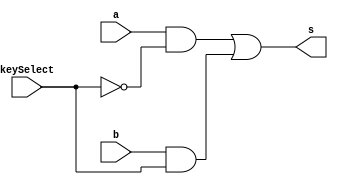
/**
 * @file MultiMux.v
 * @author 784778 - Wallace Freitas Oliveira (https://github.com/Olivwallace)
 * @brief Guia 07 Exercicio 00 - Arquitetura de Computadores I (PUC-Minas 1/2023)
 * @date 19-03-2023
 */

module mux_2x1 (output s, input a, b, keySelect);
    //Definicaoo de dados locais
    wire notKey; 
    wire sa;
    wire sb;

    //Negacaoo de chave de seletora
    not NOT_S(notKey, keySelect);
    
    //Operacoes
    and AND_A(sa, a, notKey);
    and AND_B(sb, b, keySelect);

    //Retorno de Dado Selecionado
    or OR_AB(s, sa, sb); 
endmodule


module mux_4x1 (output s, input a, b, c, d, keySelect_A, keySelect_B);
    //Definicaoo de dados locais
    wire notKey_A, notKey_B; 
    wire sa, sb, sc, sd;

    //Negacaoo de chave de seletora
    not NOT_KA(notKey_A, keySelect_A);
    not NOT_KB(notKey_B, keySelect_B);

    //Operacoes
    and AND_A(sa, a, notKey_A, notKey_B);   
    and AND_B(sb, b, notKey_A, keySelect_B);
    and AND_C(sc, c, keySelect_A, notKey_B);   
    and AND_D(sd, d, keySelect_A, keySelect_B);       

    //Retorno de Dado Selecionado
    or OR_ABCD(s, sa, sb, sc, sd); 
endmodule

module mux_8x1 (output s, input a, b, c, d, e, f, g, h, keySelect_A, keySelect_B, keySelect_C);
    //Definicaoo de dados locais
    wire notKey_A, notKey_B, notKey_C; 
    wire sa, sb, sc, sd, se, sf, sg, sh;

    //Negacaoo de chave de seletora
    not NOT_KA(notKey_A, keySelect_A);
    not NOT_KB(notKey_B, keySelect_B);
    not NOT_KC(notKey_C, keySelect_C);

    //Operacoes
    and AND_A(sa, a, notKey_A, notKey_B, notKey_C);   
    and AND_B(sb, b, notKey_A, notKey_B, keySelect_C);
    and AND_C(sc, c, notKey_A, keySelect_B, notKey_C);
    and AND_D(sd, d, notKey_A, keySelect_B, keySelect_C);   
    and AND_E(se, e, keySelect_A, notKey_B, notKey_C);
    and AND_F(sf, f, keySelect_A, notKey_B, keySelect_C);
    and AND_G(sg, g, keySelect_A, keySelect_B, notKey_C);   
    and AND_H(sh, h, keySelect_A, keySelect_B, keySelect_C);

    //Retorno de Dado Selecionado
    or OR_ABCD(s, sa, sb, sc, sd, se, sf, sg, sh); 
endmodule